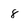
Character: 8